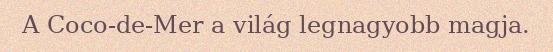
A Coco-de-Mer a világ legnagyobb magja.